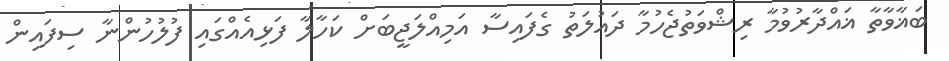
ބަޣާވާތާ ޣައްދާރުވުމާ ރިޝްވަތުޖެހުމާ ދައުލަތު ގެފައިސާ އަމިއްލަޖީބަށް ކަހާލާ ފަޅިއެއްގައި ފުލުހުންނާ ސިފައިން